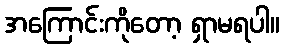
အကြောင်းကိုတော့ ရှာမရပါ။